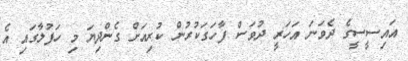
އައިސީސީގެ ދެވަނަ އަހަރީ ދުވަސް ފާހަގަކުރުން ކުރިއަށް ގެންދިޔަ މި ހަފުލާގައި އެ